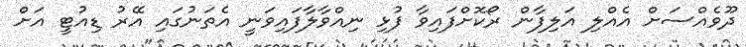
ދޫވެއްސަށް އެއްލި އަލިފާން ރޯކޮށްފައިވާ ފުޅި ނިއްވާލާފައިވަނީ އެތަނުގައި އޭރު ޑިއުޓީ އަށް